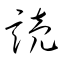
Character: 読